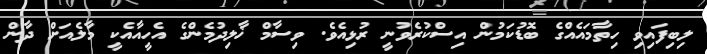
ލިބިފައިވި ހިތާމައެއްގެ ބޮޑުކަމުން އިސްކުރެވުނީ ރުޅިއެވެ. ވިސާމް ޚާލިދުމެންގެ އެހީއާއެކީ މާލެއަށް ދާން